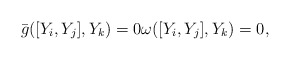
\begin{align*}\bar g([Y_i,Y_j], Y_k) =0 \omega([Y_i,Y_j], Y_k) =0,\end{align*}